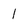
Character: 1